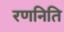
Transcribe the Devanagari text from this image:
रणनिति